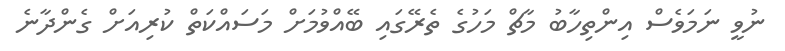
ނުވީ ނަމަވެސް އިންތިހާބު މާޗް މަހުގެ ތެރޭގައި ބޭއްވުމަށް މަސައްކަތް ކުރިއަށް ގެންދާނެ